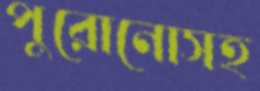
পুরোনোসহ